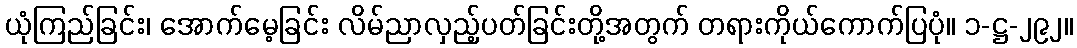
ယုံကြည်ခြင်း၊ အောက်မေ့ခြင်း လိမ်ညာလှည့်ပတ်ခြင်းတို့အတွက် တရားကိုယ်ကောက်ပြပုံ။ ၁-ဋ္ဌ-၂၉၂။